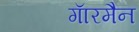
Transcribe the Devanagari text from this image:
गाॅरमैन